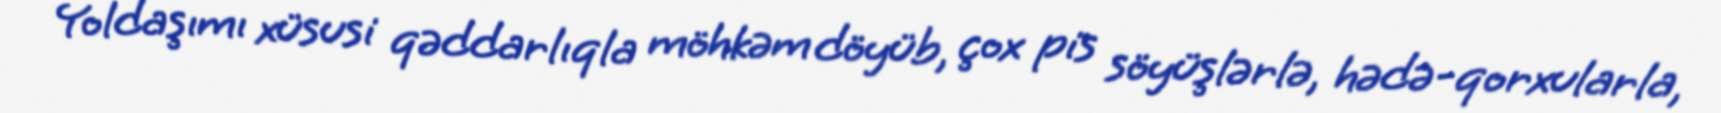
Yoldaşımı xüsusi qəddarlıqla möhkəm döyüb, çox pis söyüşlərlə, hədə-qorxularla,